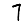
Digit: 7